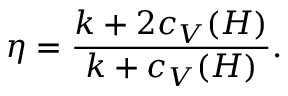
\eta = { \frac { k + 2 c _ { V } ( H ) } { k + c _ { V } ( H ) } } .